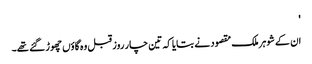
'
ان کے شوہر ملک مقصود نے بتایا کہ تین چار روز قبل وہ گاؤں چھوڑ گئے تھے۔